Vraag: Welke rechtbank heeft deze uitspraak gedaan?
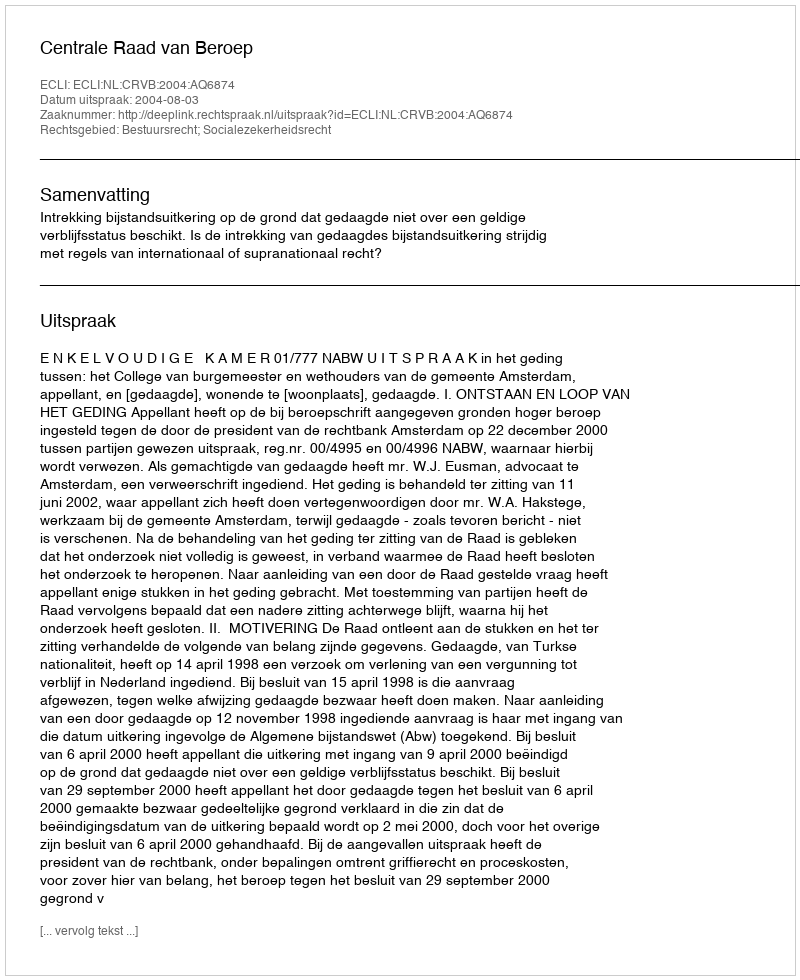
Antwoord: Centrale Raad van Beroep